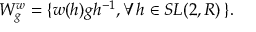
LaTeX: { \cal W } _ { g } ^ { w } = \{ w ( h ) g h ^ { - 1 } , \forall h \in S L ( 2 , R ) \, \} .